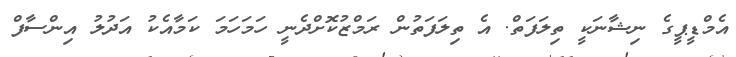
އެމްޑީޕީގެ ނިޝާނަކީ ތިލަފަތް. އެ ތިލަފަތުން ރަމްޒުކޮށްދެނީ ހަމަހަމަ ކަމާއެކު އަދުލު އިންސާފް